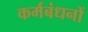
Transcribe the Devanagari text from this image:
कर्मबंधनों